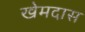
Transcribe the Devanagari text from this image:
खेमदास